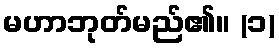
မဟာဘုတ်မည်၏။ (၁)